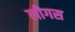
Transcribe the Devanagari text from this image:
लीगस